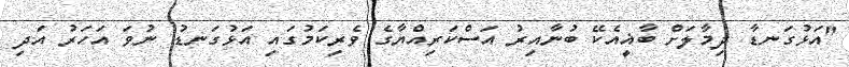
"އަޅުގަނޑާ ދިމާލަށް ބާޣީއެކޭ ބުނާއިރު އަސްކަރިއްޔާގެ ވެރިކަމުގައި އަޅުގަނޑު ނުވަ އަހަރު އަދި